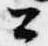
公